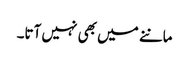
ماننے میں بھی نہیں آتا۔